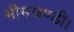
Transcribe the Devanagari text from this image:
भीमचण्डी।